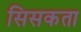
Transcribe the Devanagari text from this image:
सिसकता